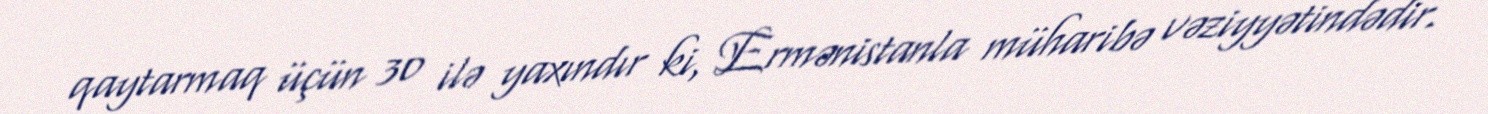
qaytarmaq üçün 30 ilə yaxındır ki, Ermənistanla müharibə vəziyyətindədir.